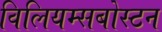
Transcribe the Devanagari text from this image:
विलियम्सबोस्टन